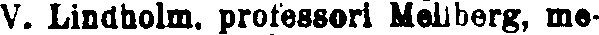
V. Lindholm, professori Mellberg, me-